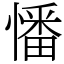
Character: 憣